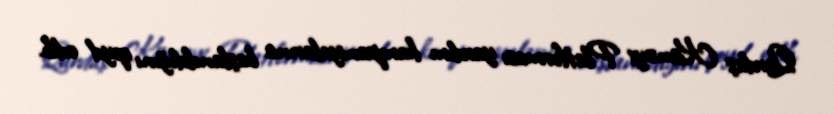
Qardaş Köməyi Platforması yardım kampaniyalarına başlanıldığını qeyd edib.